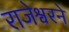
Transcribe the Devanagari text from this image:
राजेश्वरने